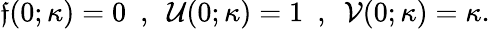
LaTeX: \mathfrak{f}(0;\kappa)=0~~,~~\mathcal{{U}}(0;\kappa)=1~~,~~\mathcal{{V}}(0;\kappa)=\kappa.